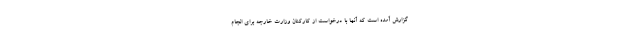
گزارش آمده است که آنها با درخواست از کارکنان وزارت خارجه برای انجام